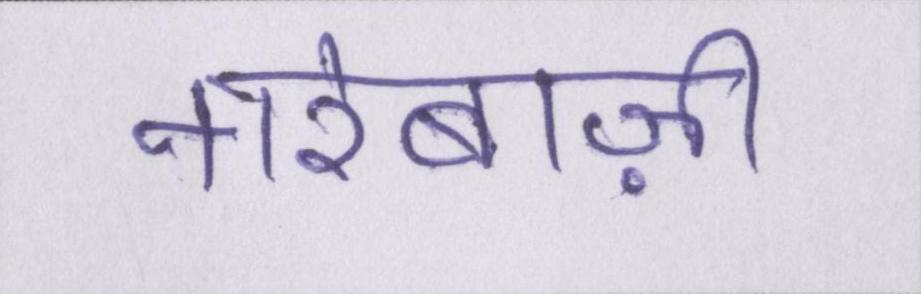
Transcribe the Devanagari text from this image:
नारेबाज़ी